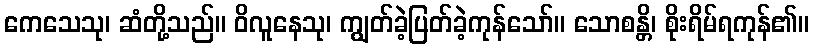
ကေသေသု၊ ဆံတို့သည်။ ဝိလူနေသု၊ ကျွတ်ခဲ့ပြတ်ခဲ့ကုန်သော်။ သောစန္တိ၊ စိုးရိမ်ရကုန်၏။